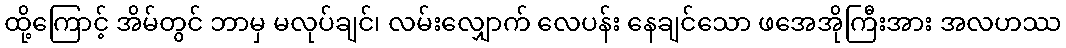
ထို့ကြောင့် အိမ်တွင် ဘာမှ မလုပ်ချင်၊ လမ်းလျှောက် လေပန်း နေချင်သော ဖအေအိုကြီးအား အလဟဿ